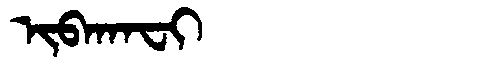
Manchu: ᡳᠪᠠᡴᠠᠸᡳ
Romanization: IBAKAFI